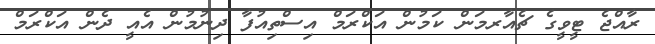
ރާއްޖެ ޓީވީގެ ޗެއާރމަން ކަމުން އަކްރަމް އިސްތިއުފާ ދިނުމުން އެއީ ދެން އަކްރަމް